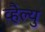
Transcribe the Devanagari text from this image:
व्हैल्यु